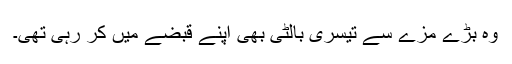
وہ بڑے مزے سے تیسری بالٹی بھی اپنے قبضے میں کر رہی تھی۔